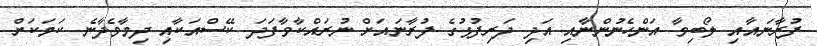
ފުރާނައާއި ލޯބިވާ އަންހެނުންނާއި އަދި ދަރިފުޅުގެ ފުރާނައަށް ނުރައްކާވާފަދަ ކޭސްއަކާއި ދިމާވެދާނެ ކަމަކަށް